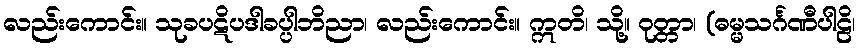
လည်းကောင်း။ သုခပဋိပဒါခပ္ပါဘိညာ၊ လည်းကောင်း။ ဣတိ၊ သို့။ ဝုတ္တာ၊ (ဓမ္မသင်္ဂဏီပါဠိ၊